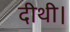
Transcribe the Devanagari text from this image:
दीथी।